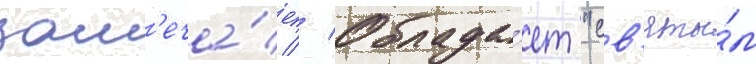
зам'еча́ет // Облада́ет "св'яты́м